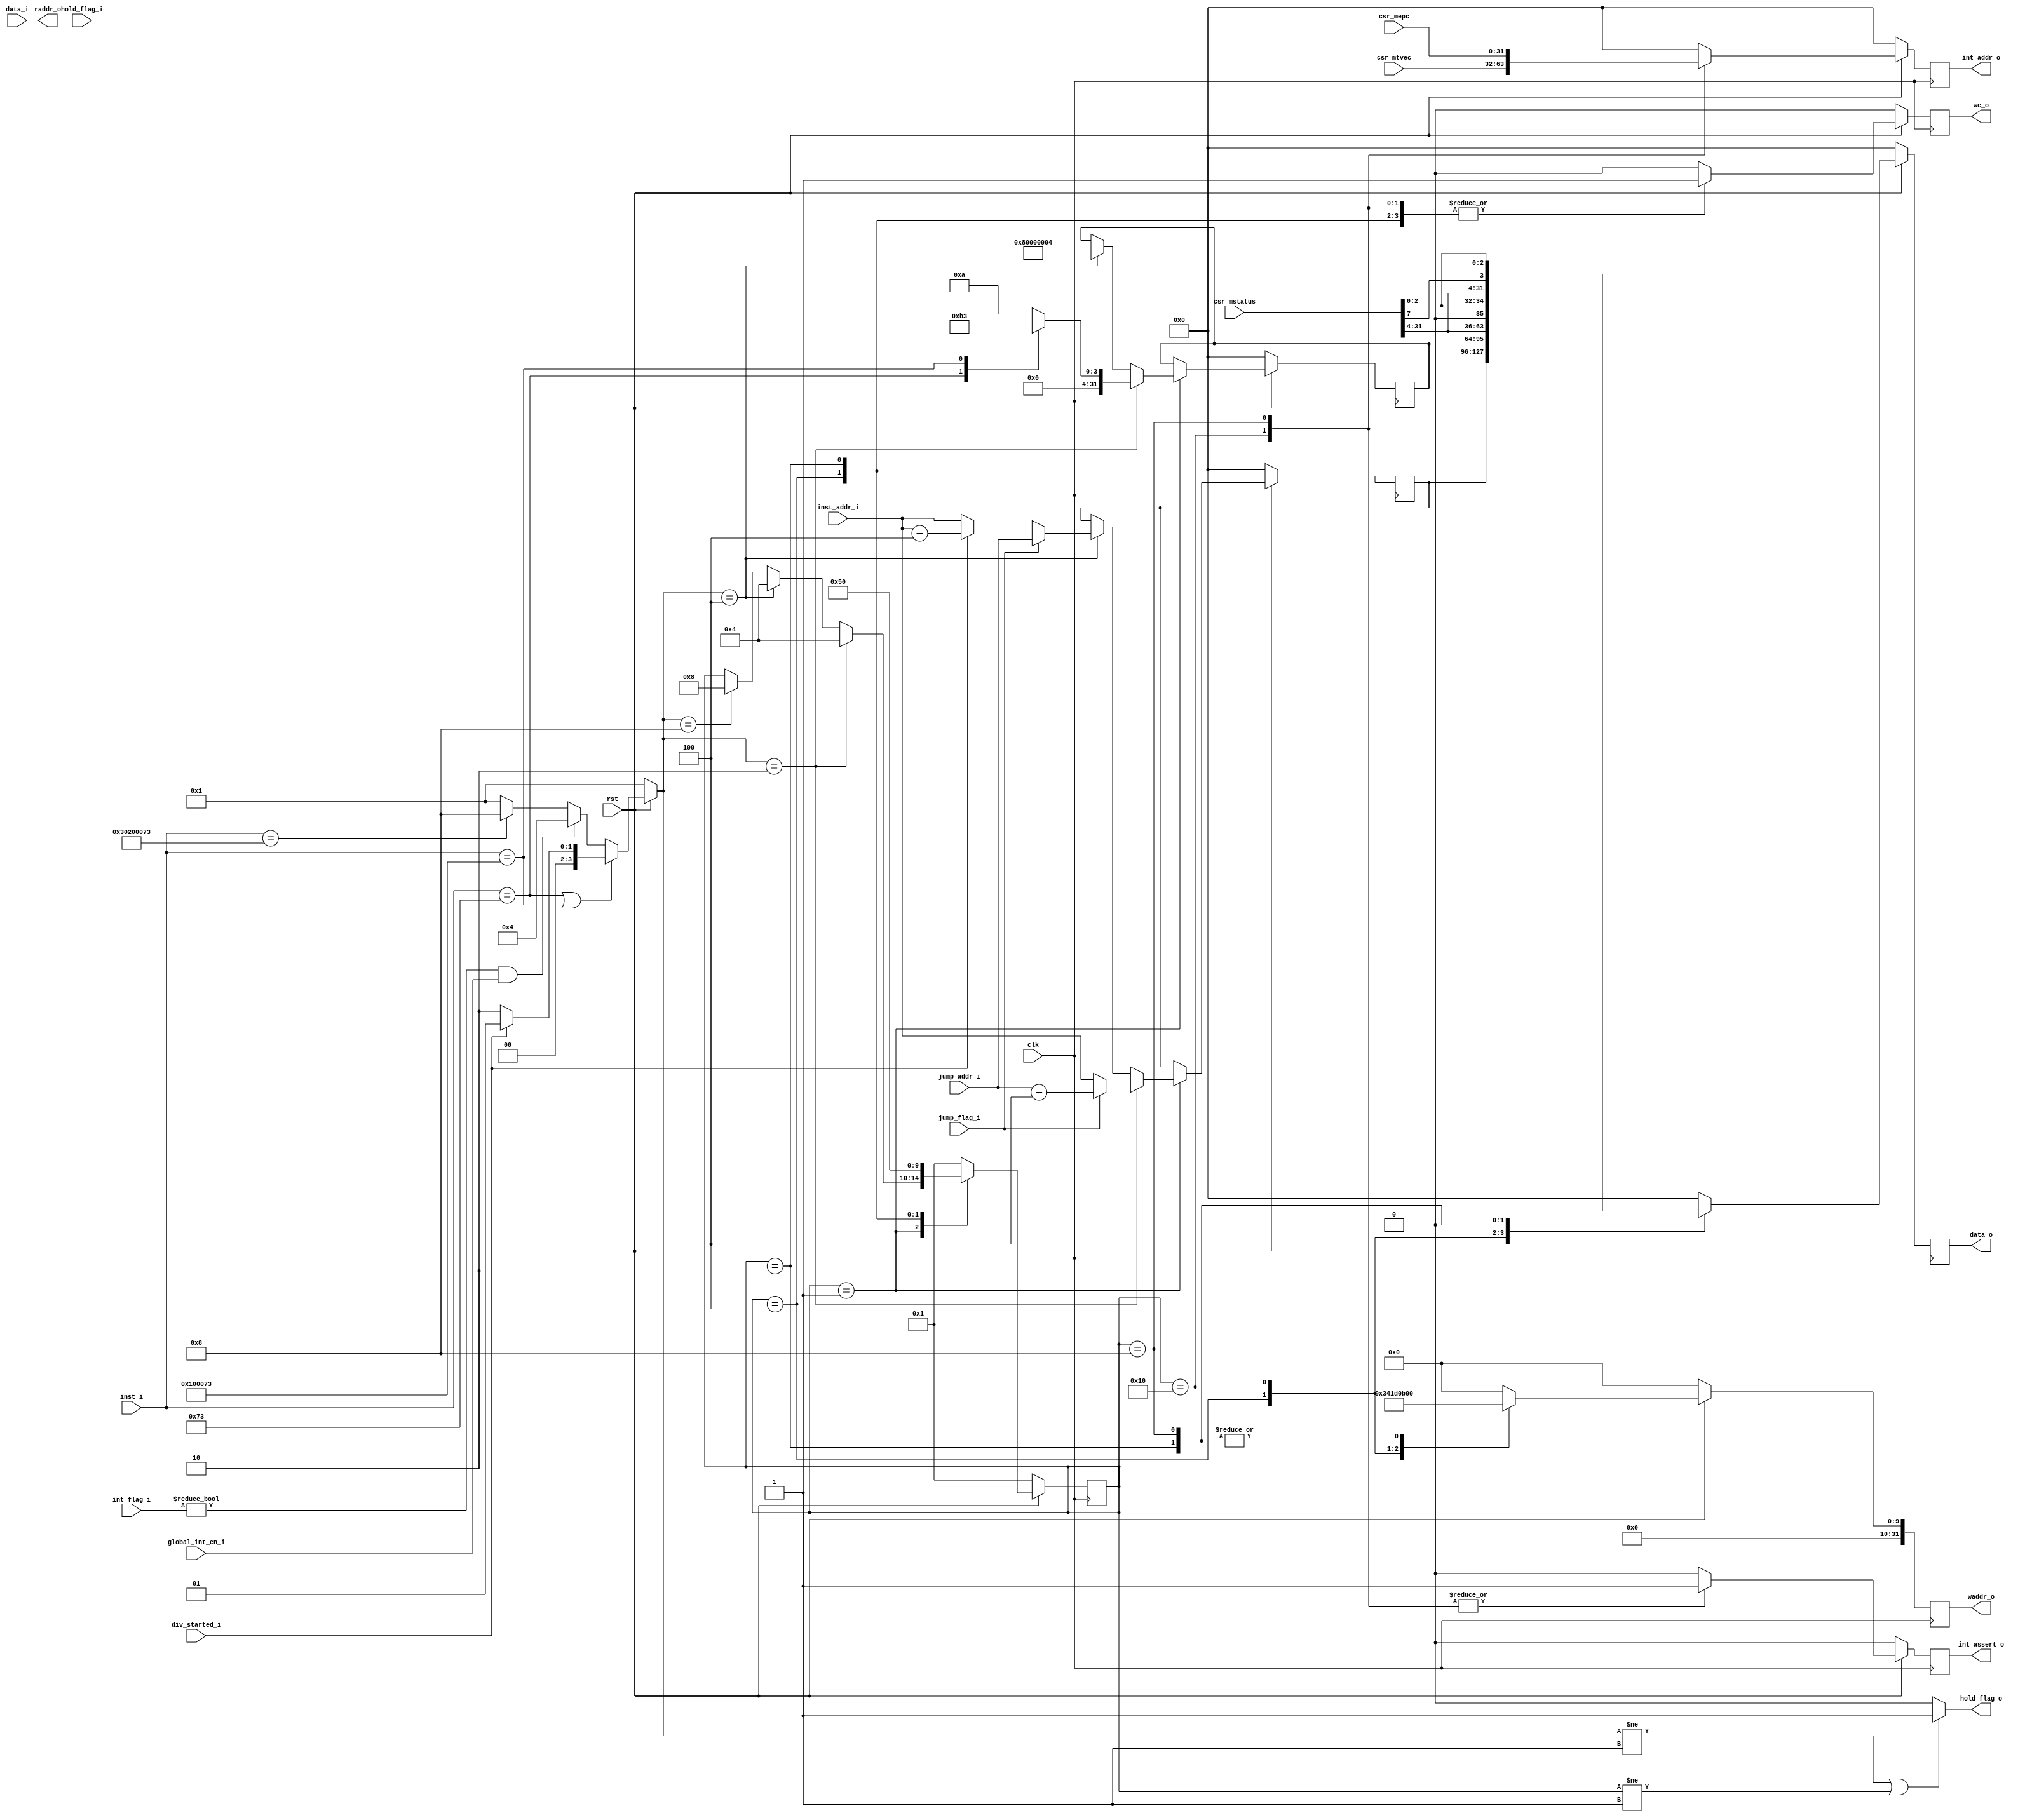

//`include "defines.v"

`define CpuResetAddr 32'h0

`define RstEnable 1'b0
`define RstDisable 1'b1
`define ZeroWord 32'h0
`define ZeroReg 5'h0
`define WriteEnable 1'b1
`define WriteDisable 1'b0
`define ReadEnable 1'b1
`define ReadDisable 1'b0
`define True 1'b1
`define False 1'b0
`define ChipEnable 1'b1
`define ChipDisable 1'b0
`define JumpEnable 1'b1
`define JumpDisable 1'b0
`define DivResultNotReady 1'b0
`define DivResultReady 1'b1
`define DivStart 1'b1
`define DivStop 1'b0
`define HoldEnable 1'b1
`define HoldDisable 1'b0
`define Stop 1'b1
`define NoStop 1'b0
`define RIB_ACK 1'b1
`define RIB_NACK 1'b0
`define RIB_REQ 1'b1
`define RIB_NREQ 1'b0
`define INT_ASSERT 1'b1
`define INT_DEASSERT 1'b0

`define INT_BUS 7:0
`define INT_NONE 8'h0
`define INT_RET 8'hff
`define INT_TIMER0 8'b00000001
`define INT_TIMER0_ENTRY_ADDR 32'h4

`define Hold_Flag_Bus   2:0
`define Hold_None 3'b000
`define Hold_Pc   3'b001
`define Hold_If   3'b010
`define Hold_Id   3'b011

// I type inst
`define INST_TYPE_I 7'b0010011
`define INST_ADDI   3'b000
`define INST_SLTI   3'b010
`define INST_SLTIU  3'b011
`define INST_XORI   3'b100
`define INST_ORI    3'b110
`define INST_ANDI   3'b111
`define INST_SLLI   3'b001
`define INST_SRI    3'b101

// L type inst
`define INST_TYPE_L 7'b0000011
`define INST_LB     3'b000
`define INST_LH     3'b001
`define INST_LW     3'b010
`define INST_LBU    3'b100
`define INST_LHU    3'b101

// S type inst
`define INST_TYPE_S 7'b0100011
`define INST_SB     3'b000
`define INST_SH     3'b001
`define INST_SW     3'b010

// R and M type inst
`define INST_TYPE_R_M 7'b0110011
// R type inst
`define INST_ADD_SUB 3'b000
`define INST_SLL    3'b001
`define INST_SLT    3'b010
`define INST_SLTU   3'b011
`define INST_XOR    3'b100
`define INST_SR     3'b101
`define INST_OR     3'b110
`define INST_AND    3'b111
// M type inst
`define INST_MUL    3'b000
`define INST_MULH   3'b001
`define INST_MULHSU 3'b010
`define INST_MULHU  3'b011
`define INST_DIV    3'b100
`define INST_DIVU   3'b101
`define INST_REM    3'b110
`define INST_REMU   3'b111

// J type inst
`define INST_JAL    7'b1101111
`define INST_JALR   7'b1100111

`define INST_LUI    7'b0110111
`define INST_AUIPC  7'b0010111
`define INST_NOP    32'h00000001
`define INST_NOP_OP 7'b0000001
`define INST_MRET   32'h30200073
`define INST_RET    32'h00008067

`define INST_FENCE  7'b0001111
`define INST_ECALL  32'h73
`define INST_EBREAK 32'h00100073

// J type inst
`define INST_TYPE_B 7'b1100011
`define INST_BEQ    3'b000
`define INST_BNE    3'b001
`define INST_BLT    3'b100
`define INST_BGE    3'b101
`define INST_BLTU   3'b110
`define INST_BGEU   3'b111

// CSR inst
`define INST_CSR    7'b1110011
`define INST_CSRRW  3'b001
`define INST_CSRRS  3'b010
`define INST_CSRRC  3'b011
`define INST_CSRRWI 3'b101
`define INST_CSRRSI 3'b110
`define INST_CSRRCI 3'b111

// CSR reg addr
`define CSR_CYCLE   12'hc00
`define CSR_CYCLEH  12'hc80
`define CSR_MTVEC   12'h305
`define CSR_MCAUSE  12'h342
`define CSR_MEPC    12'h341
`define CSR_MIE     12'h304
`define CSR_MSTATUS 12'h300
`define CSR_MSCRATCH 12'h340

`define RomNum 4096  // rom depth(how many words)

`define MemNum 4096  // memory depth(how many words)
`define MemBus 31:0
`define MemAddrBus 31:0

`define InstBus 31:0
`define InstAddrBus 31:0

// common regs
`define RegAddrBus 4:0
`define RegBus 31:0
`define DoubleRegBus 63:0
`define RegWidth 32
`define RegNum 32        // reg num
`define RegNumLog2 5

// core local interruptor module
// 
module clint(

    input wire clk,
    input wire rst,

    // from core
    input wire[`INT_BUS] int_flag_i,         // 

    // from id
    input wire[`InstBus] inst_i,             // 
    input wire[`InstAddrBus] inst_addr_i,    // 

    // from ex
    input wire jump_flag_i,
    input wire[`InstAddrBus] jump_addr_i,
    input wire div_started_i,

    // from ctrl
    input wire[`Hold_Flag_Bus] hold_flag_i,  // 

    // from csr_reg
    input wire[`RegBus] data_i,              // CSR
    input wire[`RegBus] csr_mtvec,           // mtvec
    input wire[`RegBus] csr_mepc,            // mepc
    input wire[`RegBus] csr_mstatus,         // mstatus

    input wire global_int_en_i,              // 

    // to ctrl
    output wire hold_flag_o,                 // 

    // to csr_reg
    output reg we_o,                         // CSR
    output reg[`MemAddrBus] waddr_o,         // CSR
    output reg[`MemAddrBus] raddr_o,         // CSR
    output reg[`RegBus] data_o,              // CSR

    // to ex
    output reg[`InstAddrBus] int_addr_o,     // 
    output reg int_assert_o                  // 

    );


    // 
    localparam S_INT_IDLE            = 4'b0001;
    localparam S_INT_SYNC_ASSERT     = 4'b0010;
    localparam S_INT_ASYNC_ASSERT    = 4'b0100;
    localparam S_INT_MRET            = 4'b1000;

    // CSR
    localparam S_CSR_IDLE            = 5'b00001;
    localparam S_CSR_MSTATUS         = 5'b00010;
    localparam S_CSR_MEPC            = 5'b00100;
    localparam S_CSR_MSTATUS_MRET    = 5'b01000;
    localparam S_CSR_MCAUSE          = 5'b10000;

    reg[3:0] int_state;
    reg[4:0] csr_state;
    reg[`InstAddrBus] inst_addr;
    reg[31:0] cause;


    assign hold_flag_o = ((int_state != S_INT_IDLE) | (csr_state != S_CSR_IDLE))? `HoldEnable: `HoldDisable;


    // 
    always @ (*) begin
        if (rst == `RstEnable) begin
            int_state = S_INT_IDLE;
        end else begin
            if (inst_i == `INST_ECALL || inst_i == `INST_EBREAK) begin
                // 
                if (div_started_i == `DivStop) begin
                    int_state = S_INT_SYNC_ASSERT;
                end else begin
                    int_state = S_INT_IDLE;
                end
            end else if (int_flag_i != `INT_NONE && global_int_en_i == `True) begin
                int_state = S_INT_ASYNC_ASSERT;
            end else if (inst_i == `INST_MRET) begin
                int_state = S_INT_MRET;
            end else begin
                int_state = S_INT_IDLE;
            end
        end
    end

    // CSR
    always @ (posedge clk) begin
        if (rst == `RstEnable) begin
            csr_state <= S_CSR_IDLE;
            cause <= `ZeroWord;
            inst_addr <= `ZeroWord;
        end else begin
            case (csr_state)
                S_CSR_IDLE: begin
                    // 
                    if (int_state == S_INT_SYNC_ASSERT) begin
                        csr_state <= S_CSR_MEPC;
                        // 4
                        if (jump_flag_i == `JumpEnable) begin
                            inst_addr <= jump_addr_i - 4'h4;
                        end else begin
                            inst_addr <= inst_addr_i;
                        end
                        case (inst_i)
                            `INST_ECALL: begin
                                cause <= 32'd11;
                            end
                            `INST_EBREAK: begin
                                cause <= 32'd3;
                            end
                            default: begin
                                cause <= 32'd10;
                            end
                        endcase
                    // 
                    end else if (int_state == S_INT_ASYNC_ASSERT) begin
                        // 
                        cause <= 32'h80000004;
                        csr_state <= S_CSR_MEPC;
                        if (jump_flag_i == `JumpEnable) begin
                            inst_addr <= jump_addr_i;
                        // 
                        end else if (div_started_i == `DivStart) begin
                            inst_addr <= inst_addr_i - 4'h4;
                        end else begin
                            inst_addr <= inst_addr_i;
                        end
                    // 
                    end else if (int_state == S_INT_MRET) begin
                        csr_state <= S_CSR_MSTATUS_MRET;
                    end
                end
                S_CSR_MEPC: begin
                    csr_state <= S_CSR_MSTATUS;
                end
                S_CSR_MSTATUS: begin
                    csr_state <= S_CSR_MCAUSE;
                end
                S_CSR_MCAUSE: begin
                    csr_state <= S_CSR_IDLE;
                end
                S_CSR_MSTATUS_MRET: begin
                    csr_state <= S_CSR_IDLE;
                end
                default: begin
                    csr_state <= S_CSR_IDLE;
                end
            endcase
        end
    end

    // CSR
    always @ (posedge clk) begin
        if (rst == `RstEnable) begin
            we_o <= `WriteDisable;
            waddr_o <= `ZeroWord;
            data_o <= `ZeroWord;
        end else begin
            case (csr_state)
                // mepc
                S_CSR_MEPC: begin
                    we_o <= `WriteEnable;
                    waddr_o <= {20'h0, `CSR_MEPC};
                    data_o <= inst_addr;
                end
                // 
                S_CSR_MCAUSE: begin
                    we_o <= `WriteEnable;
                    waddr_o <= {20'h0, `CSR_MCAUSE};
                    data_o <= cause;
                end
                // 
                S_CSR_MSTATUS: begin
                    we_o <= `WriteEnable;
                    waddr_o <= {20'h0, `CSR_MSTATUS};
                    data_o <= {csr_mstatus[31:4], 1'b0, csr_mstatus[2:0]};
                end
                // 
                S_CSR_MSTATUS_MRET: begin
                    we_o <= `WriteEnable;
                    waddr_o <= {20'h0, `CSR_MSTATUS};
                    data_o <= {csr_mstatus[31:4], csr_mstatus[7], csr_mstatus[2:0]};
                end
                default: begin
                    we_o <= `WriteDisable;
                    waddr_o <= `ZeroWord;
                    data_o <= `ZeroWord;
                end
            endcase
        end
    end

    // ex
    always @ (posedge clk) begin
        if (rst == `RstEnable) begin
            int_assert_o <= `INT_DEASSERT;
            int_addr_o <= `ZeroWord;
        end else begin
            case (csr_state)
                // .mcause
                S_CSR_MCAUSE: begin
                    int_assert_o <= `INT_ASSERT;
                    int_addr_o <= csr_mtvec;
                end
                // 
                S_CSR_MSTATUS_MRET: begin
                    int_assert_o <= `INT_ASSERT;
                    int_addr_o <= csr_mepc;
                end
                default: begin
                    int_assert_o <= `INT_DEASSERT;
                    int_addr_o <= `ZeroWord;
                end
            endcase
        end
    end

endmodule